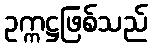
ဥက္ကဋ္ဌဖြစ်သည်